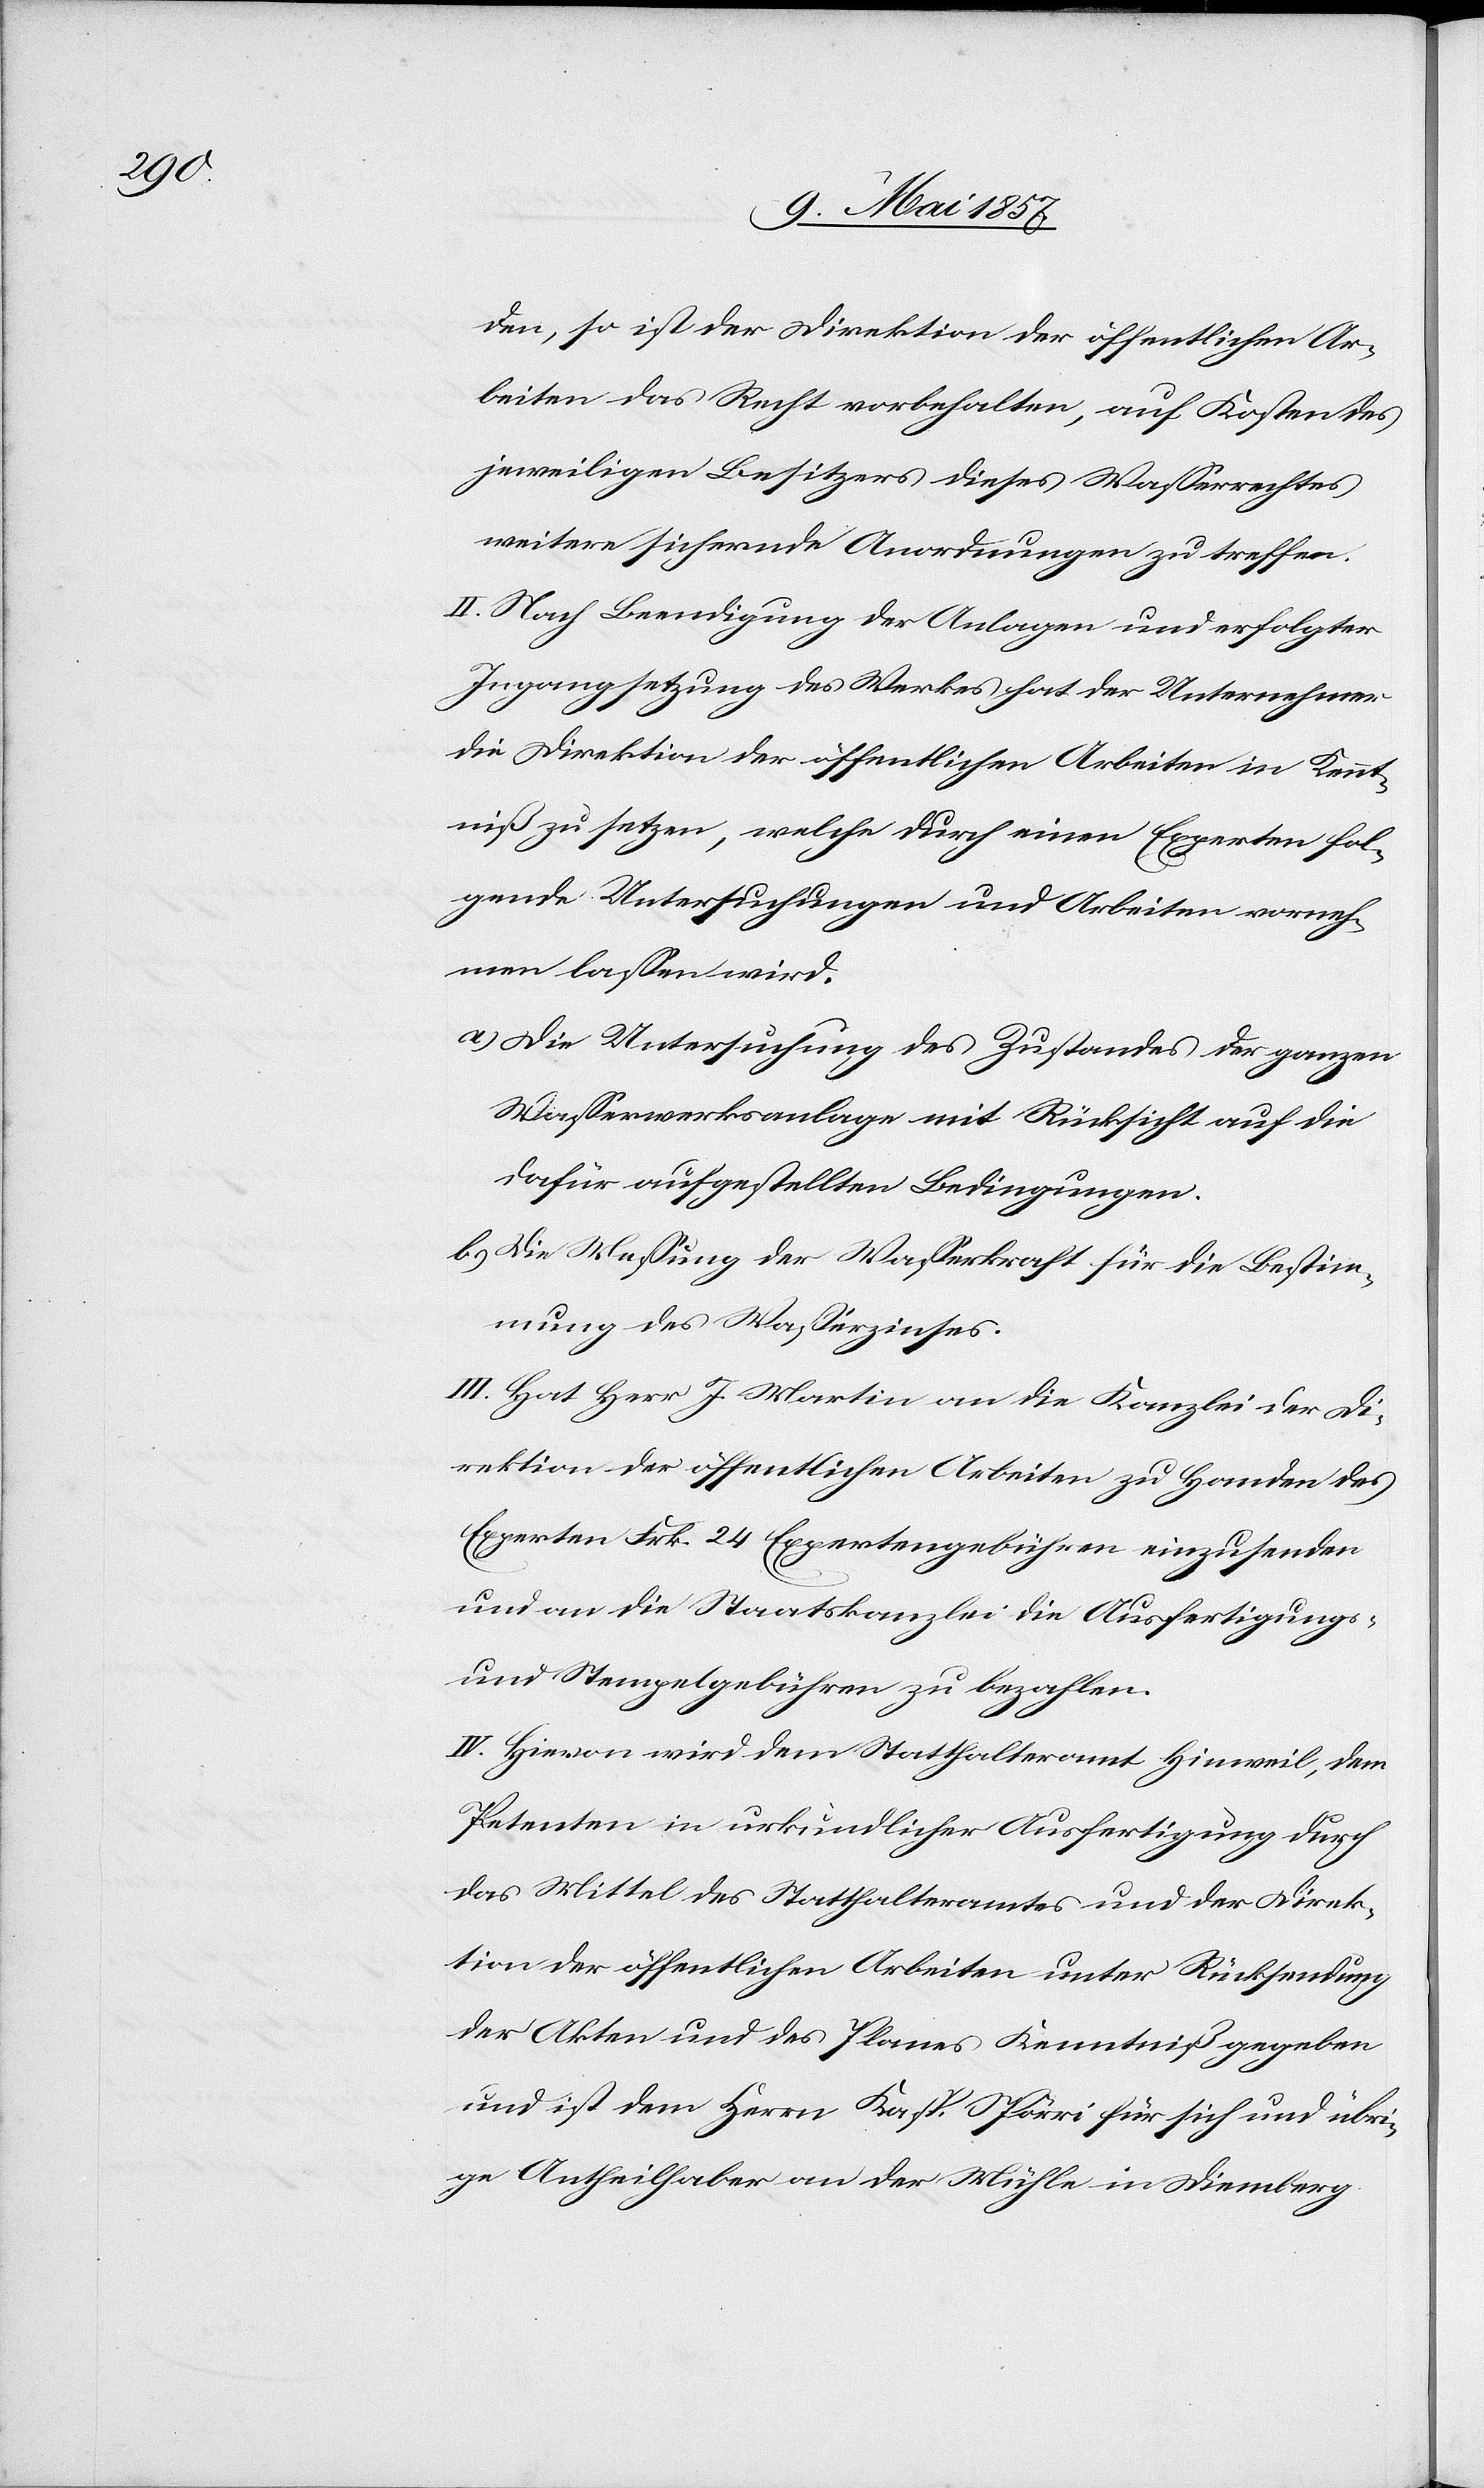
den, so ist der Direktion der öffentlichen Ar¬
beiten das Recht vorbehalten, auf Kosten des
jeweiligen Besitzers dieses Wasserrechtes
weitere sichernde Anordnungen zu treffen.
II. Nach Beendigung der Anlagen und erfolgter
Ingangsetzung des Werkes hat der Unternehmer
die Direktion der öffentlichen Arbeiten in Kennt¬
niß zu setzen, welche durch einen Experten fol¬
gende Untersuchungen und Arbeiten vorneh¬
men lassen wird.
a.) Die Untersuchung des Zustandes der ganzen
Wasserwerksanlage mit Rücksicht auf die
dafür aufgestellten Bedingungen.
b.) Die Messung der Wasserkraft für die Bestim¬
mung des Wasserzinses.
III. Hat Herr J. Martin an die Kanzlei der Di¬
rektion der öffentlichen Arbeiten zu Handen der
Experten Frk. 24 Expertengebühren einzusenden
und an die Staatskanzlei die Ausfertigungs-
u. Stempelgebühren zu bezahlen.
IV. Hievon wird dem Statthalteramt Hinweil, dem
Petenten in urkundlicher Ausfertigung durch
das Mittel des Statthalteramtes und der Direk¬
tion der öffentlichen Arbeiten unter Rücksendung
der Akten und des Planes Kenntniß gegeben
und ist dem Herrn Kasp. Spörri für sich und übri¬
ge Antheilhaber an der Mühle in Diemberg